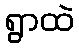
ရွာထဲ